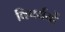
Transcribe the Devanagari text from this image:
विपर्ययों